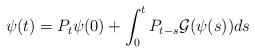
LaTeX: \begin{align*} \psi(t) = P_t \psi(0) + \int_0^t P_{t-s}\mathcal{G}(\psi(s))ds\end{align*}